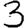
Digit: 3